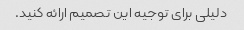
دلیلی برای توجیه این تصمیم ارائه کنید.